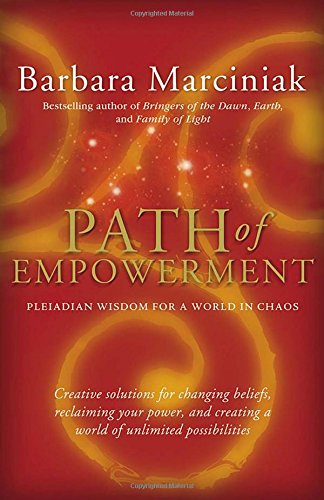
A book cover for Path of Empowerment: New Pleiadian Wisdom for a World in Chaos; Barbara Marciniak; Religion & Spirituality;